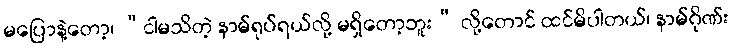
မပြောနဲ့တော့၊ “ငါမသိတဲ့ နာမ်ရုပ်ရယ်လို့ မရှိတော့ဘူး” လို့တောင် ထင်မိပါတယ်၊ နာမ်ဂိုဏ်း